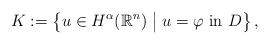
LaTeX: \begin{align*}K:=\left \{u\in H^\alpha(\mathbb{R}^n) \; \big | \; u=\varphi \textrm{ in } D \right \},\end{align*}